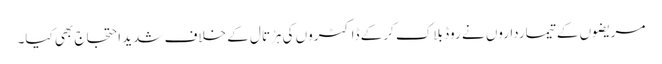
مریضوں کے تیمارداروں نے روڈ بلاک کرکے ڈاکٹروں کی ہڑتال کے خلاف شدید احتجاج بھی کیا۔